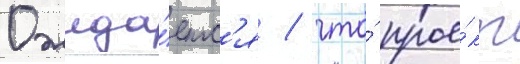
Ожида́етс'я / что́ прое́кт